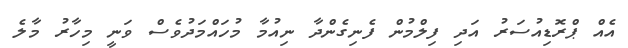
އެއް ޕްރޮޑިއުސަރު އަދި ފިލްމުން ފެނިގެންދާ ނިއުމާ މުހައްމަދުވެސް ވަނީ މިހާރު މާލެ